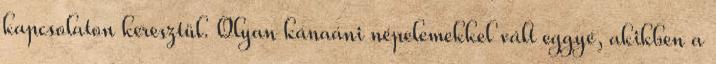
kapcsolaton keresztül. Olyan kánaáni népelemekkel vált eggyé, akikben a